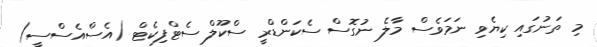
މި ތަނުގައި ކިޔެވި ނަމަވެސް މާލެ ނުގޮސް ސެކަންޑްރީ ސްކޫލް ސެޓްފިކެޓް (އެސްއެސްސީ)